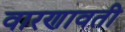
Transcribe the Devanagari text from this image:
वारणावती